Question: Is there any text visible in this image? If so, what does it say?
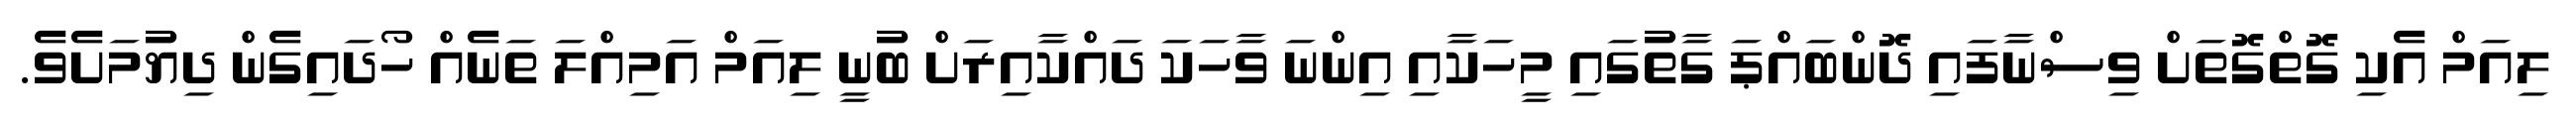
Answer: ލިއަމް އެކި ގޮތްގޮތަށް ވިސްނާފައި ދޮންބައްޕަ ގާތުގައި މީހަކާއި އިންނަ ވާހަކަ ދައްކާއިރަށް ބުނީ ލިއަމް އަމިއްލަ ތަނެއް ހޯދައިގެން ދިޔުމަށެވެ.